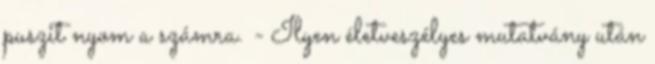
puszit nyom a számra. - Ilyen életveszélyes mutatvány után